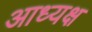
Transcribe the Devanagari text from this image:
आध्यक्ष